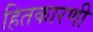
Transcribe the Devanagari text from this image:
हितकारणी